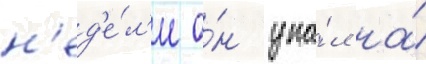
н'ед'е́л'е о́н упа́л на́